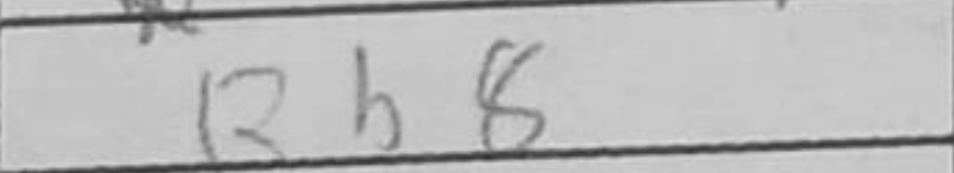
Transcription: Rb8